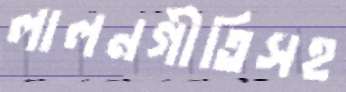
লালনগীতিসহ